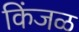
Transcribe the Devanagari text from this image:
किंजळ